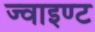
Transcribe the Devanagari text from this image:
ज्वाइण्ट